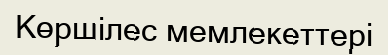
Көршілес мемлекеттері